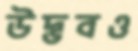
উদ্ভবও